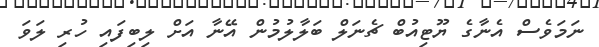
ނަމަވެސް އެނާގެ ޔޫޓިއުބް ޗެނަލް ބަލާލުމުން އޭނާ އަށް ލިބިފައި ހުރި ލަވަ